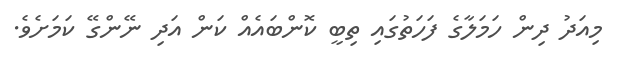
މިއަދު ދިން ހަމަލާގެ ފަހަތުގައި ތިބީ ކޮންބައެއް ކަން އަދި ނޭންގޭ ކަމަށެވެ.